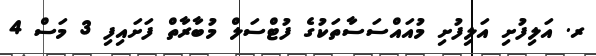
ރ. އަލިފުށި އަލިފުށި މުއައްސަސާތަކުގެ ފުޓްސަލް މުބާރާތް ފަށައިފި 3 މަސް 4